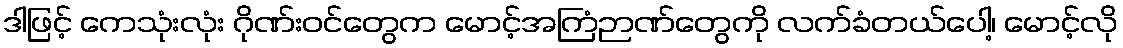
ဒါဖြင့် ကေသုံးလုံး ဂိုဏ်းဝင်တွေက မောင့်အကြံဉာဏ်တွေကို လက်ခံတယ်ပေါ့၊ မောင့်လို